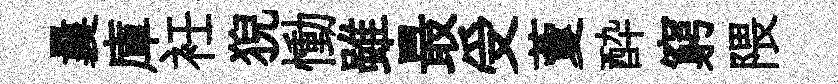
曩庫衽猊慟雖最受藑酔窮隈